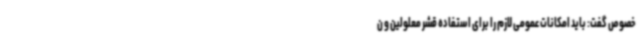
خصوص گفت: باید امکانات عمومی لازم را برای استفاده قشر معلولین و ن